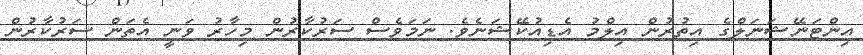
އިންޓަނޭޝަނަލްގެ އިތުރުން އިލްމު އެޑިއުކޭޝަނެވެ. ނަމަވެސް ސަރުކާރުން މިހާރު ވަނީ އެތަން ސަރުކާރުން